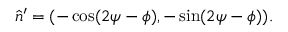
\hat { n } ^ { \prime } = ( - \cos ( 2 \psi - \phi ) , - \sin ( 2 \psi - \phi ) ) .